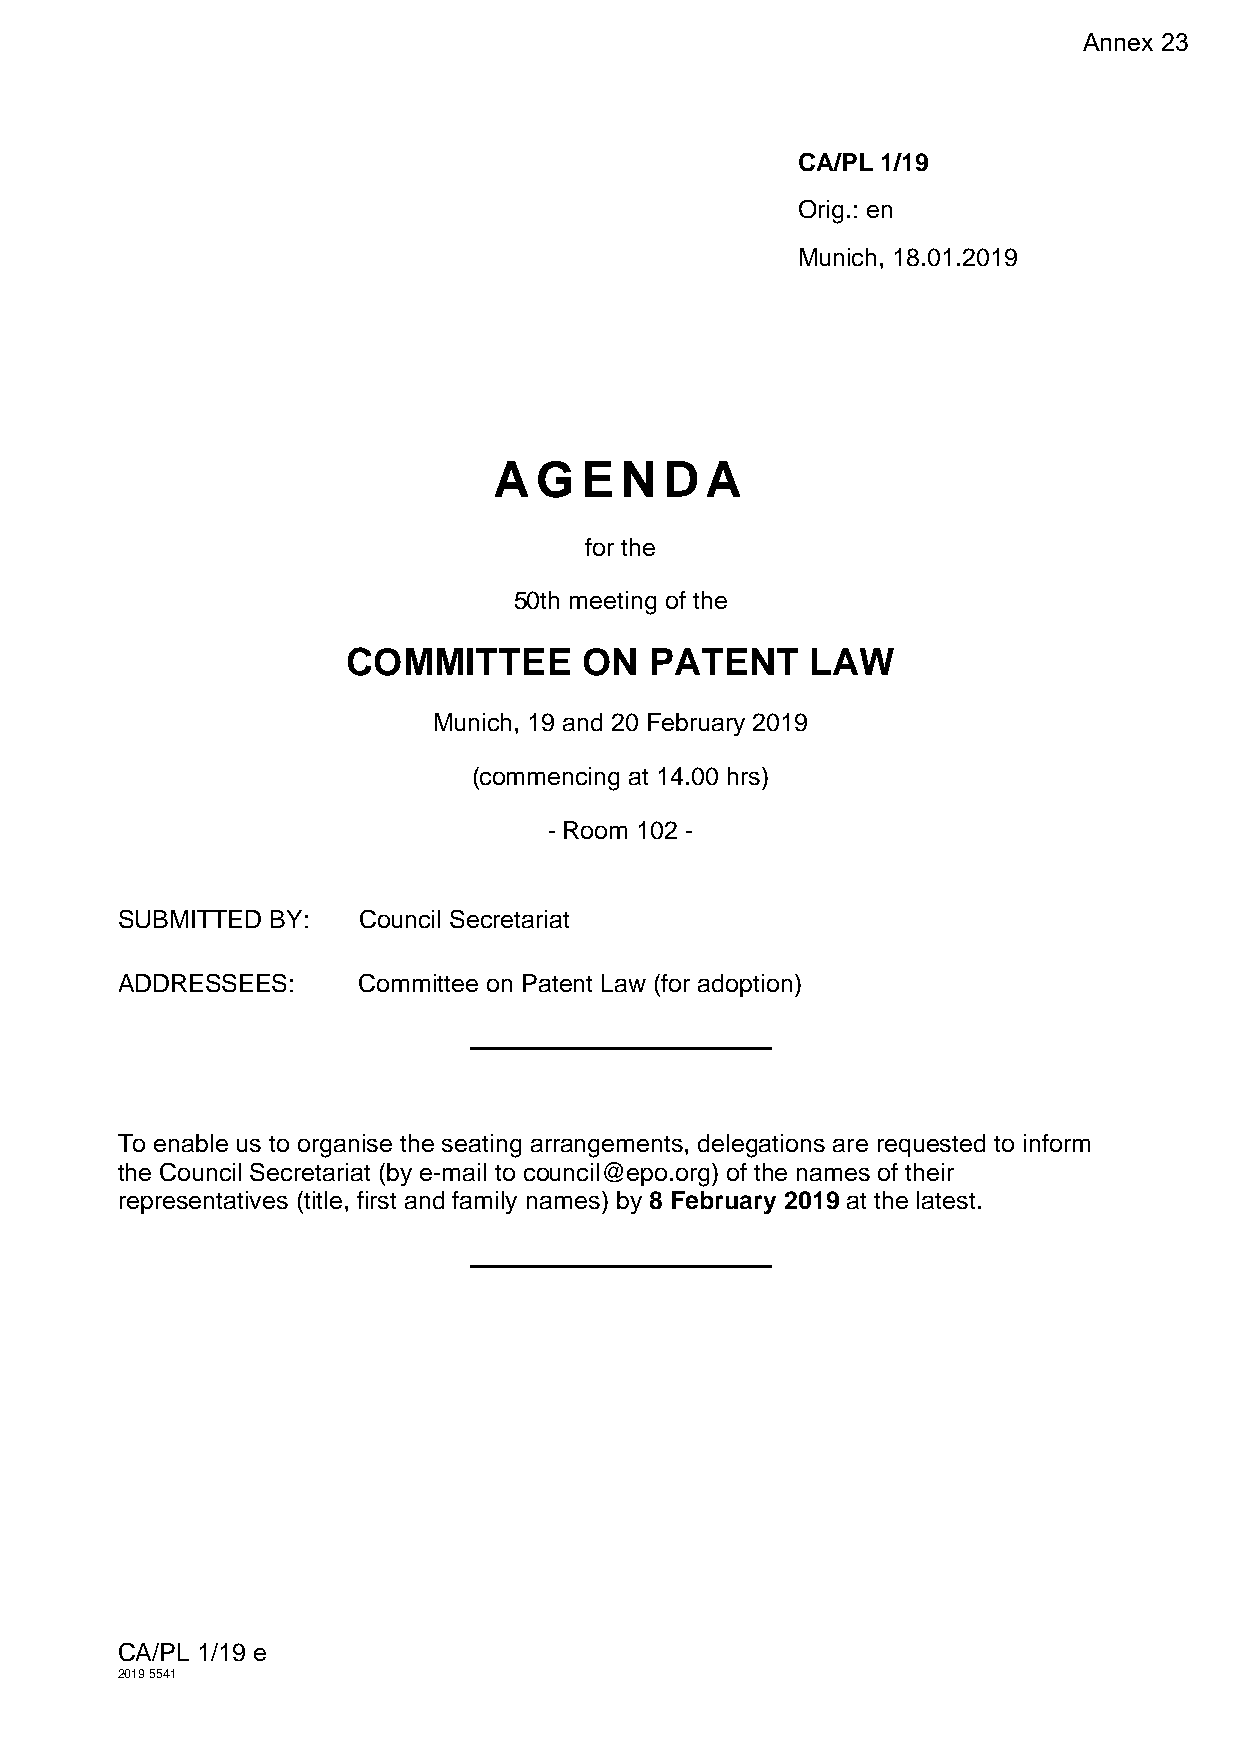
Annex 23
 CA/PL 1/19
 Orig.: en
 Munich, 18.01.2019
 A G  E  N  D  A
 for the
 50th meeting of the
 COMMITTEE       ON  PATENT     LAW
 Munich, 19 and 20 February 2019
 (commencing at 14.00 hrs)
 - Room 102 -
 SUBMITTED BY:   Council Secretariat
 ADDRESSEES:     Committee on Patent Law (for adoption)
 To enable us to organise the seating arrangements, delegations are requested to inform
 the Council Secretariat (by e-mail to council@epo.org) of the names of their
 representatives (title, first and family names) by 8 February 2019 at the latest.
 CA/PL 1/19 e
 2019 5541